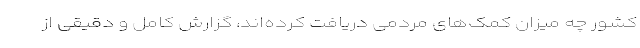
کشور چه میزان کمک‌های مردمی دریافت کرده‌اند، گزارش کامل و دقیقی از